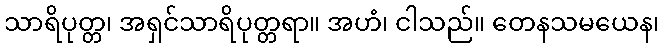
သာရိပုတ္တ၊ အရှင်သာရိပုတ္တရာ။ အဟံ၊ ငါသည်။ တေနသမယေန၊